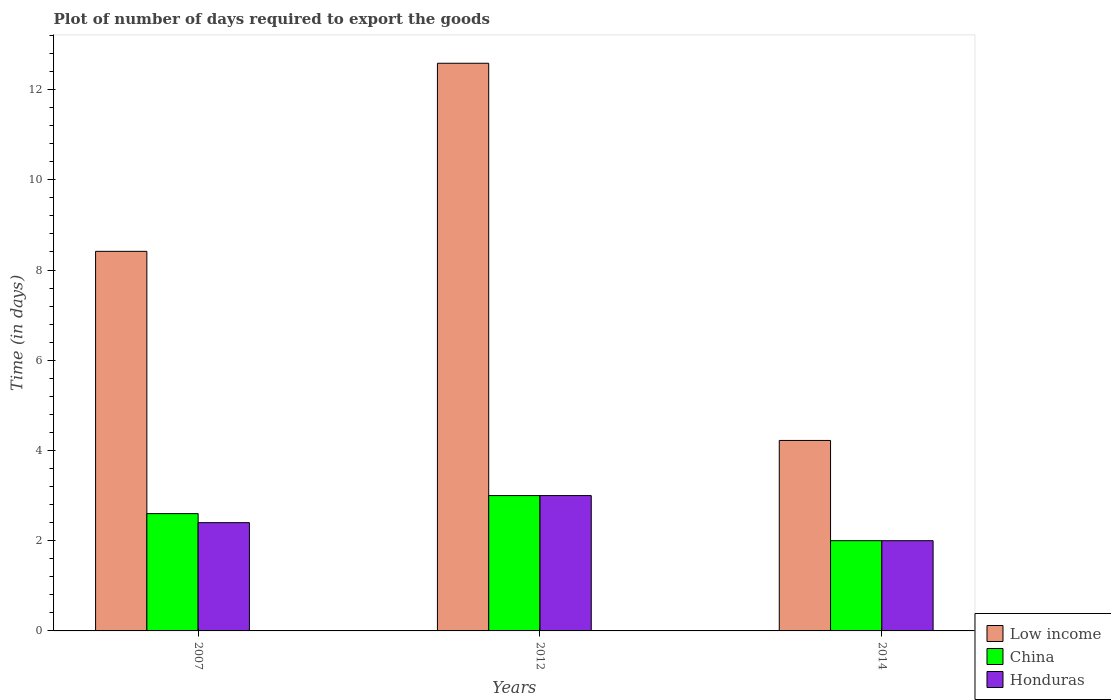
| Years | Low income | China | Honduras |
 | --- | --- | --- | --- |
 | 2007 | 8.41 | 2.6 | 2.4 |
 | 2012 | 12.6 | 3 | 3 |
 | 2014 | 4.22 | 2 | 2 |